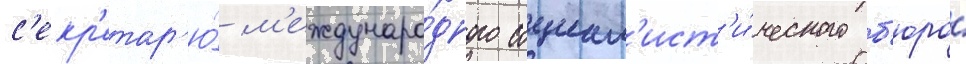
с'екр'етар'ю́ м'еждунаро́дного социал'ист'и́ческого б'юро́